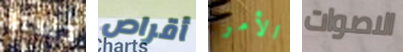
حسنا أقراص الأمر الاصوات